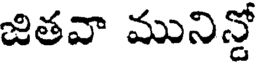
జితవా మునిన్డో